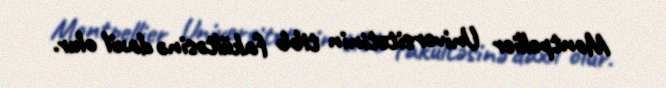
Montpellier Universitetinin tibb fakültəsinə daxil olur.